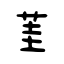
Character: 茥